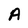
Character: A